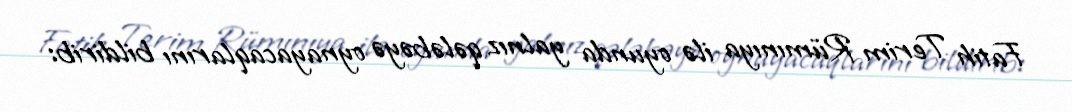
Fatih Terim Rümınıya ilə oyunda yalnız qələbəyə oynayacaqlarını bildirib: